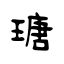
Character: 瑭